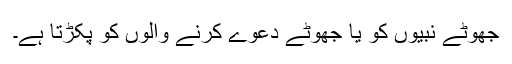
جھوٹے نبیوں کو یا جھوٹے دعوے کرنے والوں کو پکڑتا ہے۔